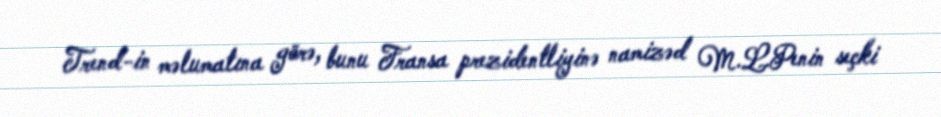
Trend-in məlumatına görə, bunu Fransa prezidentliyinə namizəd M.L.Penin seçki